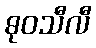
ဓုဝသီလီ